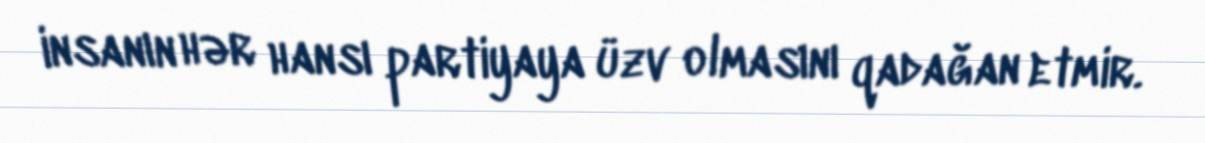
insanın hər hansı partiyaya üzv olmasını qadağan etmir.